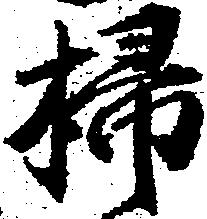
掃